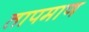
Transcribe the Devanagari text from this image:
तापमाण